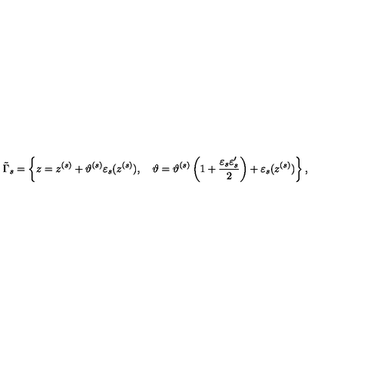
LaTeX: \tilde { \Gamma } _ { s } = \left\{ z = z ^ { ( s ) } + \vartheta ^ { ( s ) } \varepsilon _ { s } ( z ^ { ( s ) } ) , \quad \vartheta = \vartheta ^ { ( s ) } \left( 1 + \frac { \varepsilon _ { s } \varepsilon _ { s } ^ { \prime } } 2 \right) + \varepsilon _ { s } ( z ^ { ( s ) } ) \right\} ,